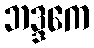
ဘဒ္ဒကေ